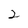
Character: 2